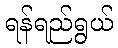
ရန်ရည်ရွယ်